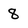
Character: 8